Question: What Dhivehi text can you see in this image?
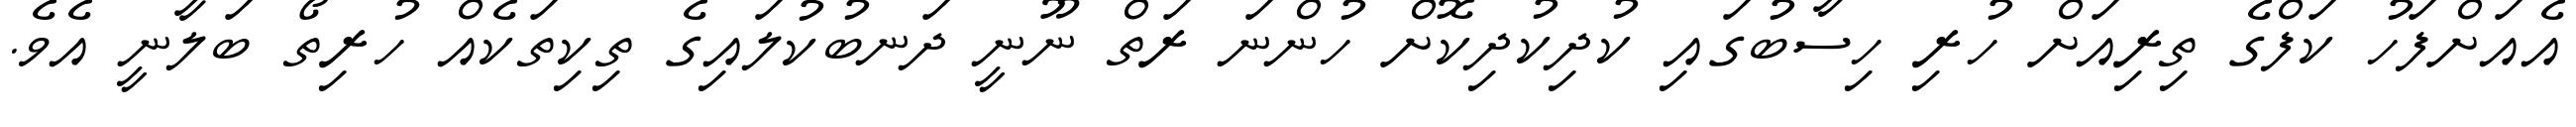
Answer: އެއަށްފަހު ކަފްގެ ތިރިއަށް ހުރި ހިސާބުގައި ކުދިކުދިކޮށް ހުންނަ ރަތް ނޫނީ ދަނބުކުލައިގެ ތިކިތަކެއް ހުރިތޯ ބަލާނީ އެވެ.